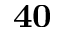
\mathbf { 4 0 }